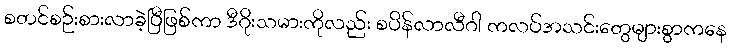
စတင်စဉ်းစားလာခဲ့ပြီဖြစ်ကာ ဒီဂိုးသမားကိုလည်း စပိန်လာလီဂါ ကလပ်အသင်းတွေများစွာကနေ